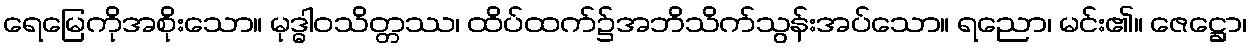
ရေမြေကိုအစိုးသော။ မုဒ္ဓါဝသိတ္တဿ၊ ထိပ်ထက်၌အဘိသိက်သွန်းအပ်သော။ ရညော၊ မင်း၏။ ဇေဋ္ဌော၊